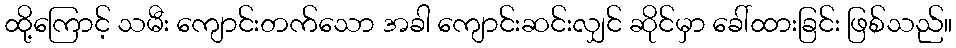
ထို့ကြောင့် သမီး ကျောင်းတက်သော အခါ ကျောင်းဆင်းလျှင် ဆိုင်မှာ ခေါ်ထားခြင်း ဖြစ်သည်။